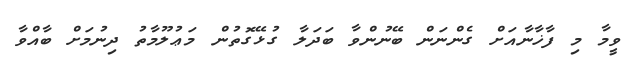
ވީމާ މި ފާޚާނާއަށް ގެންނަން ބޭނުންވާ ބަދަލާ ގުޅޭގޮތުން މަޢުލޫމާތު ދިނުމަށް ބާއްވާ